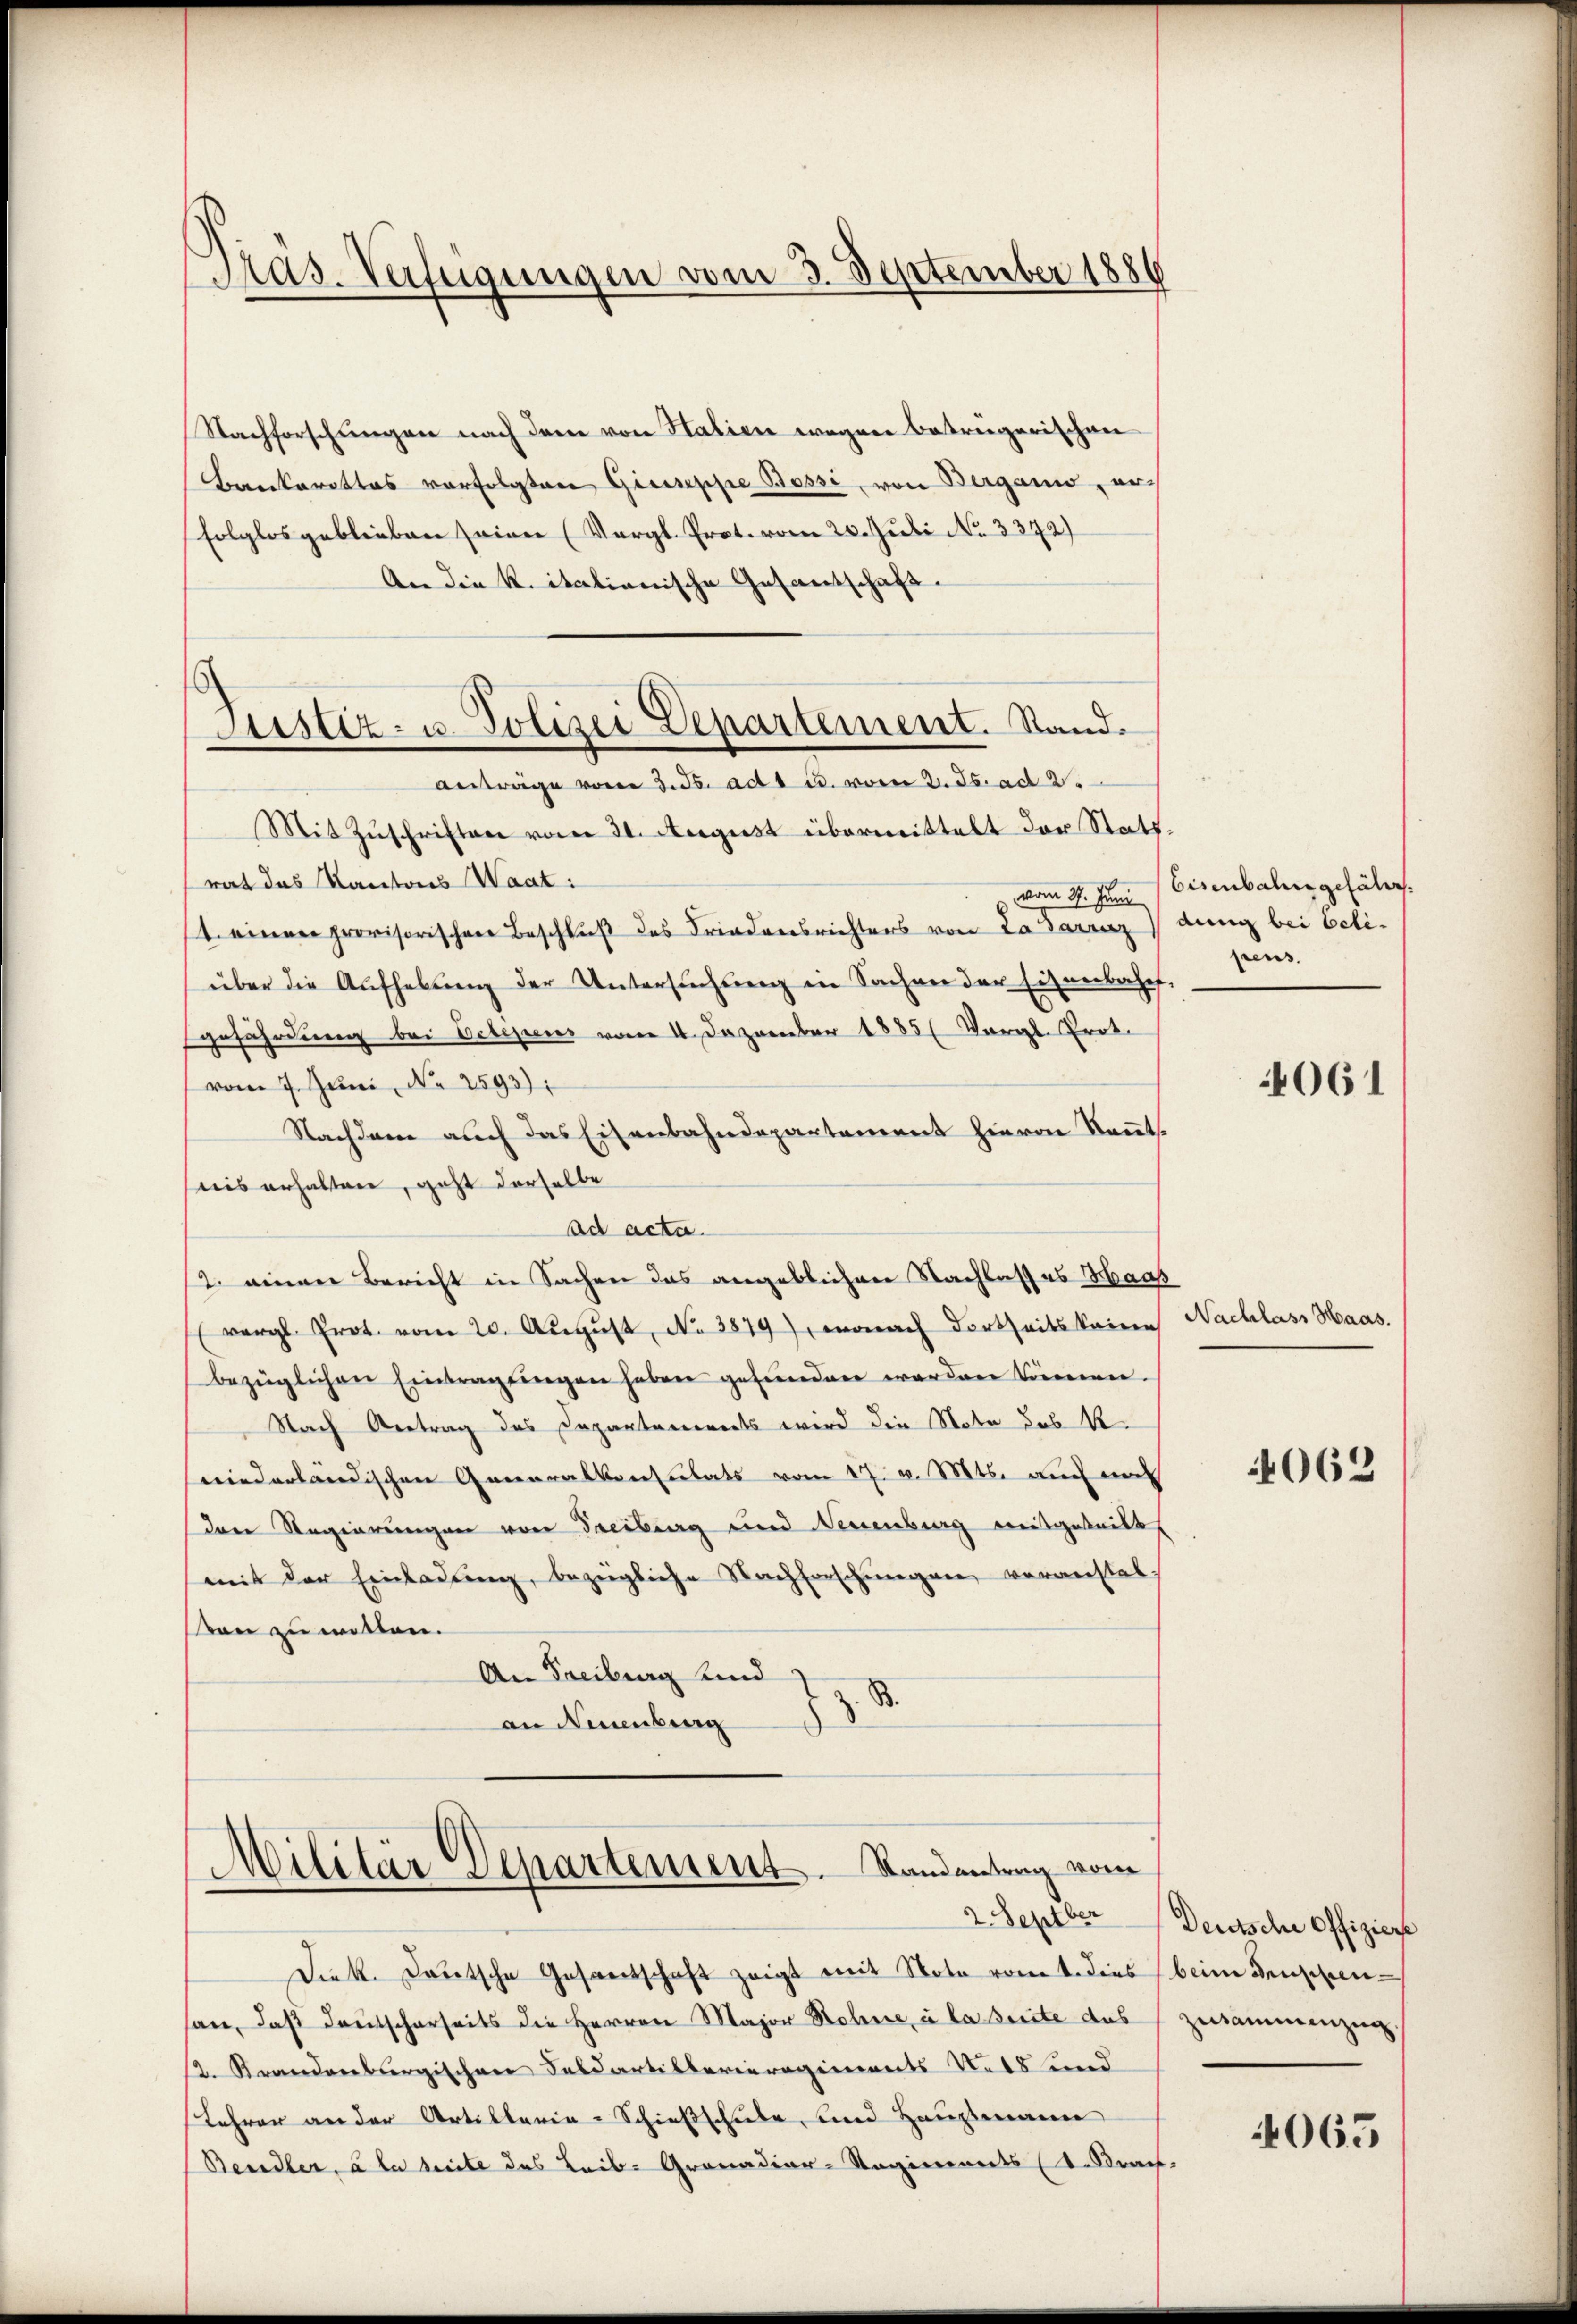
Pras. Verfügungen vom 3. September 1886

Nachforschlingen nach dem von Halien wegen beträgerischen
Bankarottos verfolgten Giuseppe Bossi, von Berganio, au
folglosgeblieben seien (Vergl. Prot. vom 20. Juli No 3372)
An die K. italianische Gesantschaft.
Mit Zŭschriften vom 31. August übermittelt der Stattrat das Kantons Waat:
1. einen provisorischen Beschluß des Friedensrichters von Laarz
über die Aufhebung der Untersuchung in Sachen der Eisenbahnf,
gefährdung bei Delegens vom 4. Dezember 1885 (Vergl. Prot.
vom 7. Juni, No 2593)
Nachdem auch das Eisenbahndepartement hievon Kennt.
suis erhalten, geht derselbe
ad acta.
12. einen Bericht in Sachen das angeblichen Nachlass es Haas
(vergl. Prot. vom 20. Aŭgŭst No. 3879), wonach dortseits keine
bezüglichen Eintragungen haben gefunden worden können.
Nach Antrag des Capartements wird die Note des Rewiederländischen Generalkonsulats vom 17. v. Mts. auch in
Der Regierungen von Freiburg und Neuenburg mitgeteilt,
mit der Einladung, bezeigliche Nachforschungen veranstal-
svon zu wollen.
An Freiburg und
z. B.
an Neuenburg

Justiz- u. Polizei Departement. Stand.
anträge vom 3. Js. ad 1 u. vom 3. ds. ad 2.

Militär Departement. Randantrag vom

Diek. deutsche Gesandtschaft zeigt mit Note vom t. dies beim Deuppensan, daß Deutscharseits die Herren Major Rohne, à la suite das zusammenzug.
2. Krandenbergischen Feldartillerieregiments Rats und
Lehrer an der Artillaria-Schießschule und Hauptmann
Beudler, à la seite das Leib-Granadier-Regiennerts (I. Brach-

vom 31. Juni / Eisenbahner gefährt.
dung bei beti-
pens.

061

Nachlass Haas.

062

2 Septber Deutsche Offiziere

4065